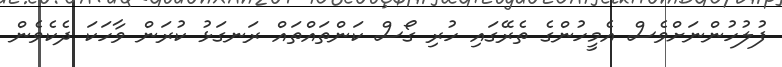
ފުލުހުންނަށްވެސް އެމީހުންގެ ތެރޭގައި ހުރި ގޯސް ކަންތައްތައް ރަނގަޅު ކުރަން ވާހަކަ ދެކެވެން